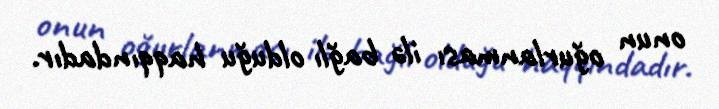
onun oğurlanması ilə bağlı olduğu haqqındadır.